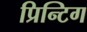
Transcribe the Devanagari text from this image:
प्रिन्टिग